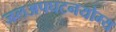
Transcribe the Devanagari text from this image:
जलअपघटनयोग्य